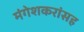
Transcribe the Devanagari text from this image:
मंगेशकरांसह